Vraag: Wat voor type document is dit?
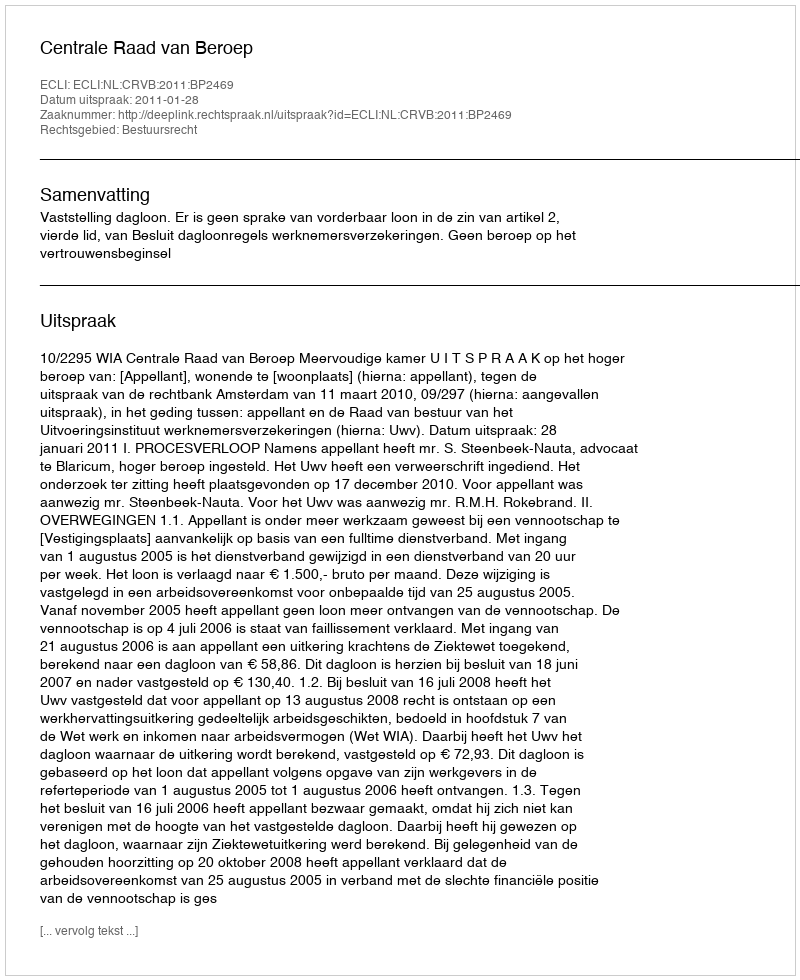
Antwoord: Uitspraak